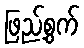
ဖြည့်စွက်